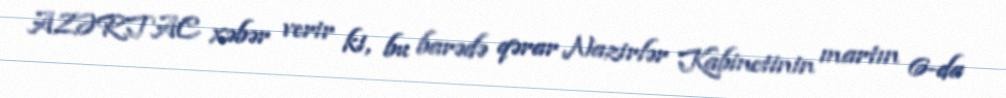
AZƏRTAC xəbər verir ki, bu barədə qərar Nazirlər Kabinetinin martın 6-da